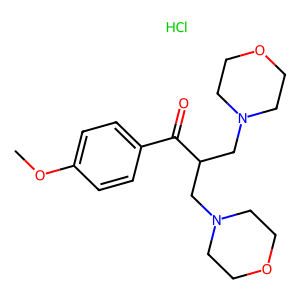
SMILES: COc1ccc(C(=O)C(CN2CCOCC2)CN2CCOCC2)cc1.Cl
Inhibits HIV replication: No